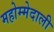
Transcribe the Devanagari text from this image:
महोम्मेदाली